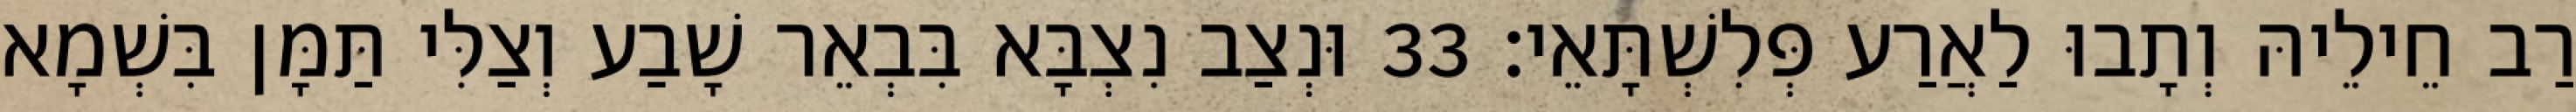
רַב חֵילֵיהּ וְתָבוּ לַאֲרַע פְּלִשְׁתָּאֵי׃ 33 וּנְצַב נִצְבָּא בִּבְאֵר שָׁבַע וְצַלִּי תַּמָּן בִּשְׁמָא